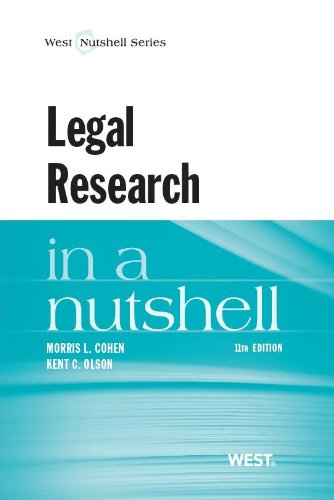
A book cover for Legal Research in a Nutshell; Kent Olson; Law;